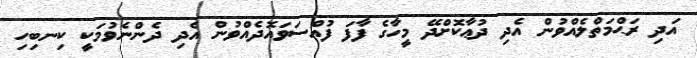
އަދި ރަޙްމަތްލެއްވުން އެދި ދުޢާކޮށްދޭ މީހާގެ ފާފަ ފުއްސަވައޮދެއްވުން އެދި ދެންނެވުމަކީ ކިނބިހި